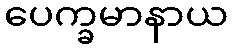
ပေက္ခမာနာယ